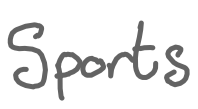
Text: Sports
Cross-out: clean
Writing tool: digital_gray